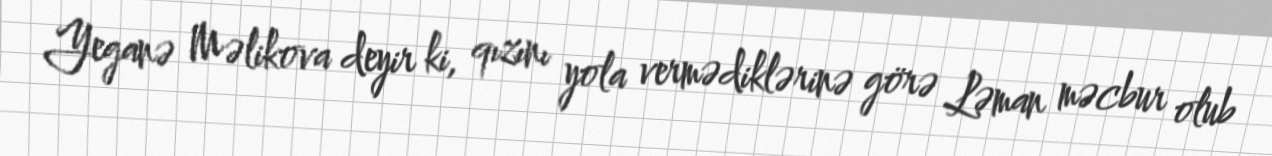
Yeganə Məlikova deyir ki, qızını yola vermədiklərinə görə Ləman məcbur olub